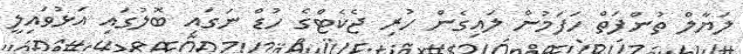
ލަޔާލް ތުންފަތް ހަފަމުން ލައިގެން ހުރި ޖެކެޓްގެ ހުޑް ނަގައި ބޮލުގައި އަޅުވައިލީ